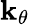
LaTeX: \mathbf{k}_{\theta}